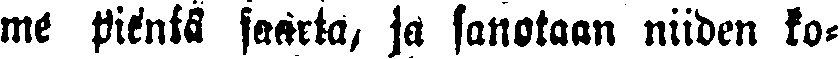
me pientä saarta, ja sanotaan niiden ko-